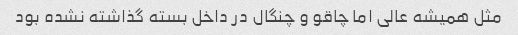
مثل همیشه عالی اما چاقو و چنگال در داخل بسته گذاشته نشده بود